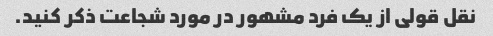
نقل قولی از یک فرد مشهور در مورد شجاعت ذکر کنید.